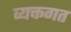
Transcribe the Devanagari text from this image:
व्यक्तगत